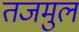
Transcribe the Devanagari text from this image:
तजमुल